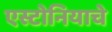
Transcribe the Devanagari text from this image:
एस्टोनियाचे